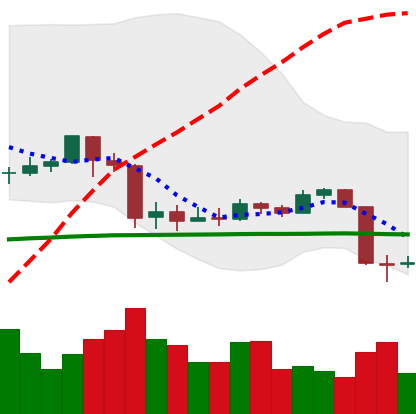
Ticker: EOS-USD
Chart end date: 2020-03-10
Forward return: -33.406%
Label: down_7plus